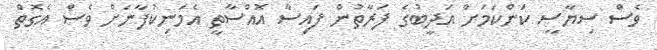
ވެސް ސިޔާސީ ކަންކަމަށް އަދީބުގެ ފަރާތުން ފައިސާ އޮއްސާތީ އެމަނިކުފާނަށް ވެސް އެގޮތް